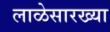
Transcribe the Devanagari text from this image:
लाळेसारख्या